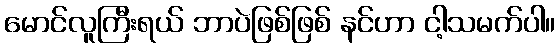
မောင်လူကြီးရယ် ဘာပဲဖြစ်ဖြစ် နင်ဟာ ငါ့သမက်ပါ။